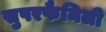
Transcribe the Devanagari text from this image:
सुपरफैमिली